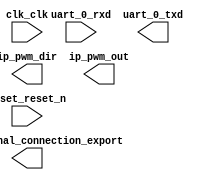

module niosii (
	clk_clk,
	pio_0_external_connection_export,
	reset_reset_n,
	uart_0_rxd,
	uart_0_txd,
	ip_pwm_dir,
	ip_pwm_out);	

	input		clk_clk;
	output	[7:0]	pio_0_external_connection_export;
	input		reset_reset_n;
	input		uart_0_rxd;
	output		uart_0_txd;
	output	[1:0]	ip_pwm_dir;
	output	[1:0]	ip_pwm_out;
endmodule